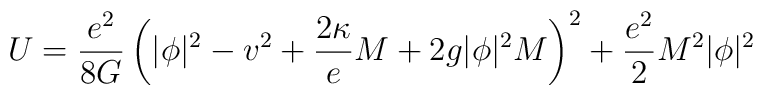
U=\frac{e^2}{8G}\left( |\phi |^2-v^2+\frac{2\kappa }eM+2g|\phi |^2M\right)^2+\frac{e^2}2M^2|\phi |^2